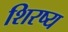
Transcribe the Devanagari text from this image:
शिरष्य